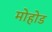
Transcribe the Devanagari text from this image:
मोहोड